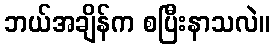
ဘယ်အချိန်က စပြီးနာသလဲ။